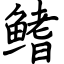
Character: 鳍